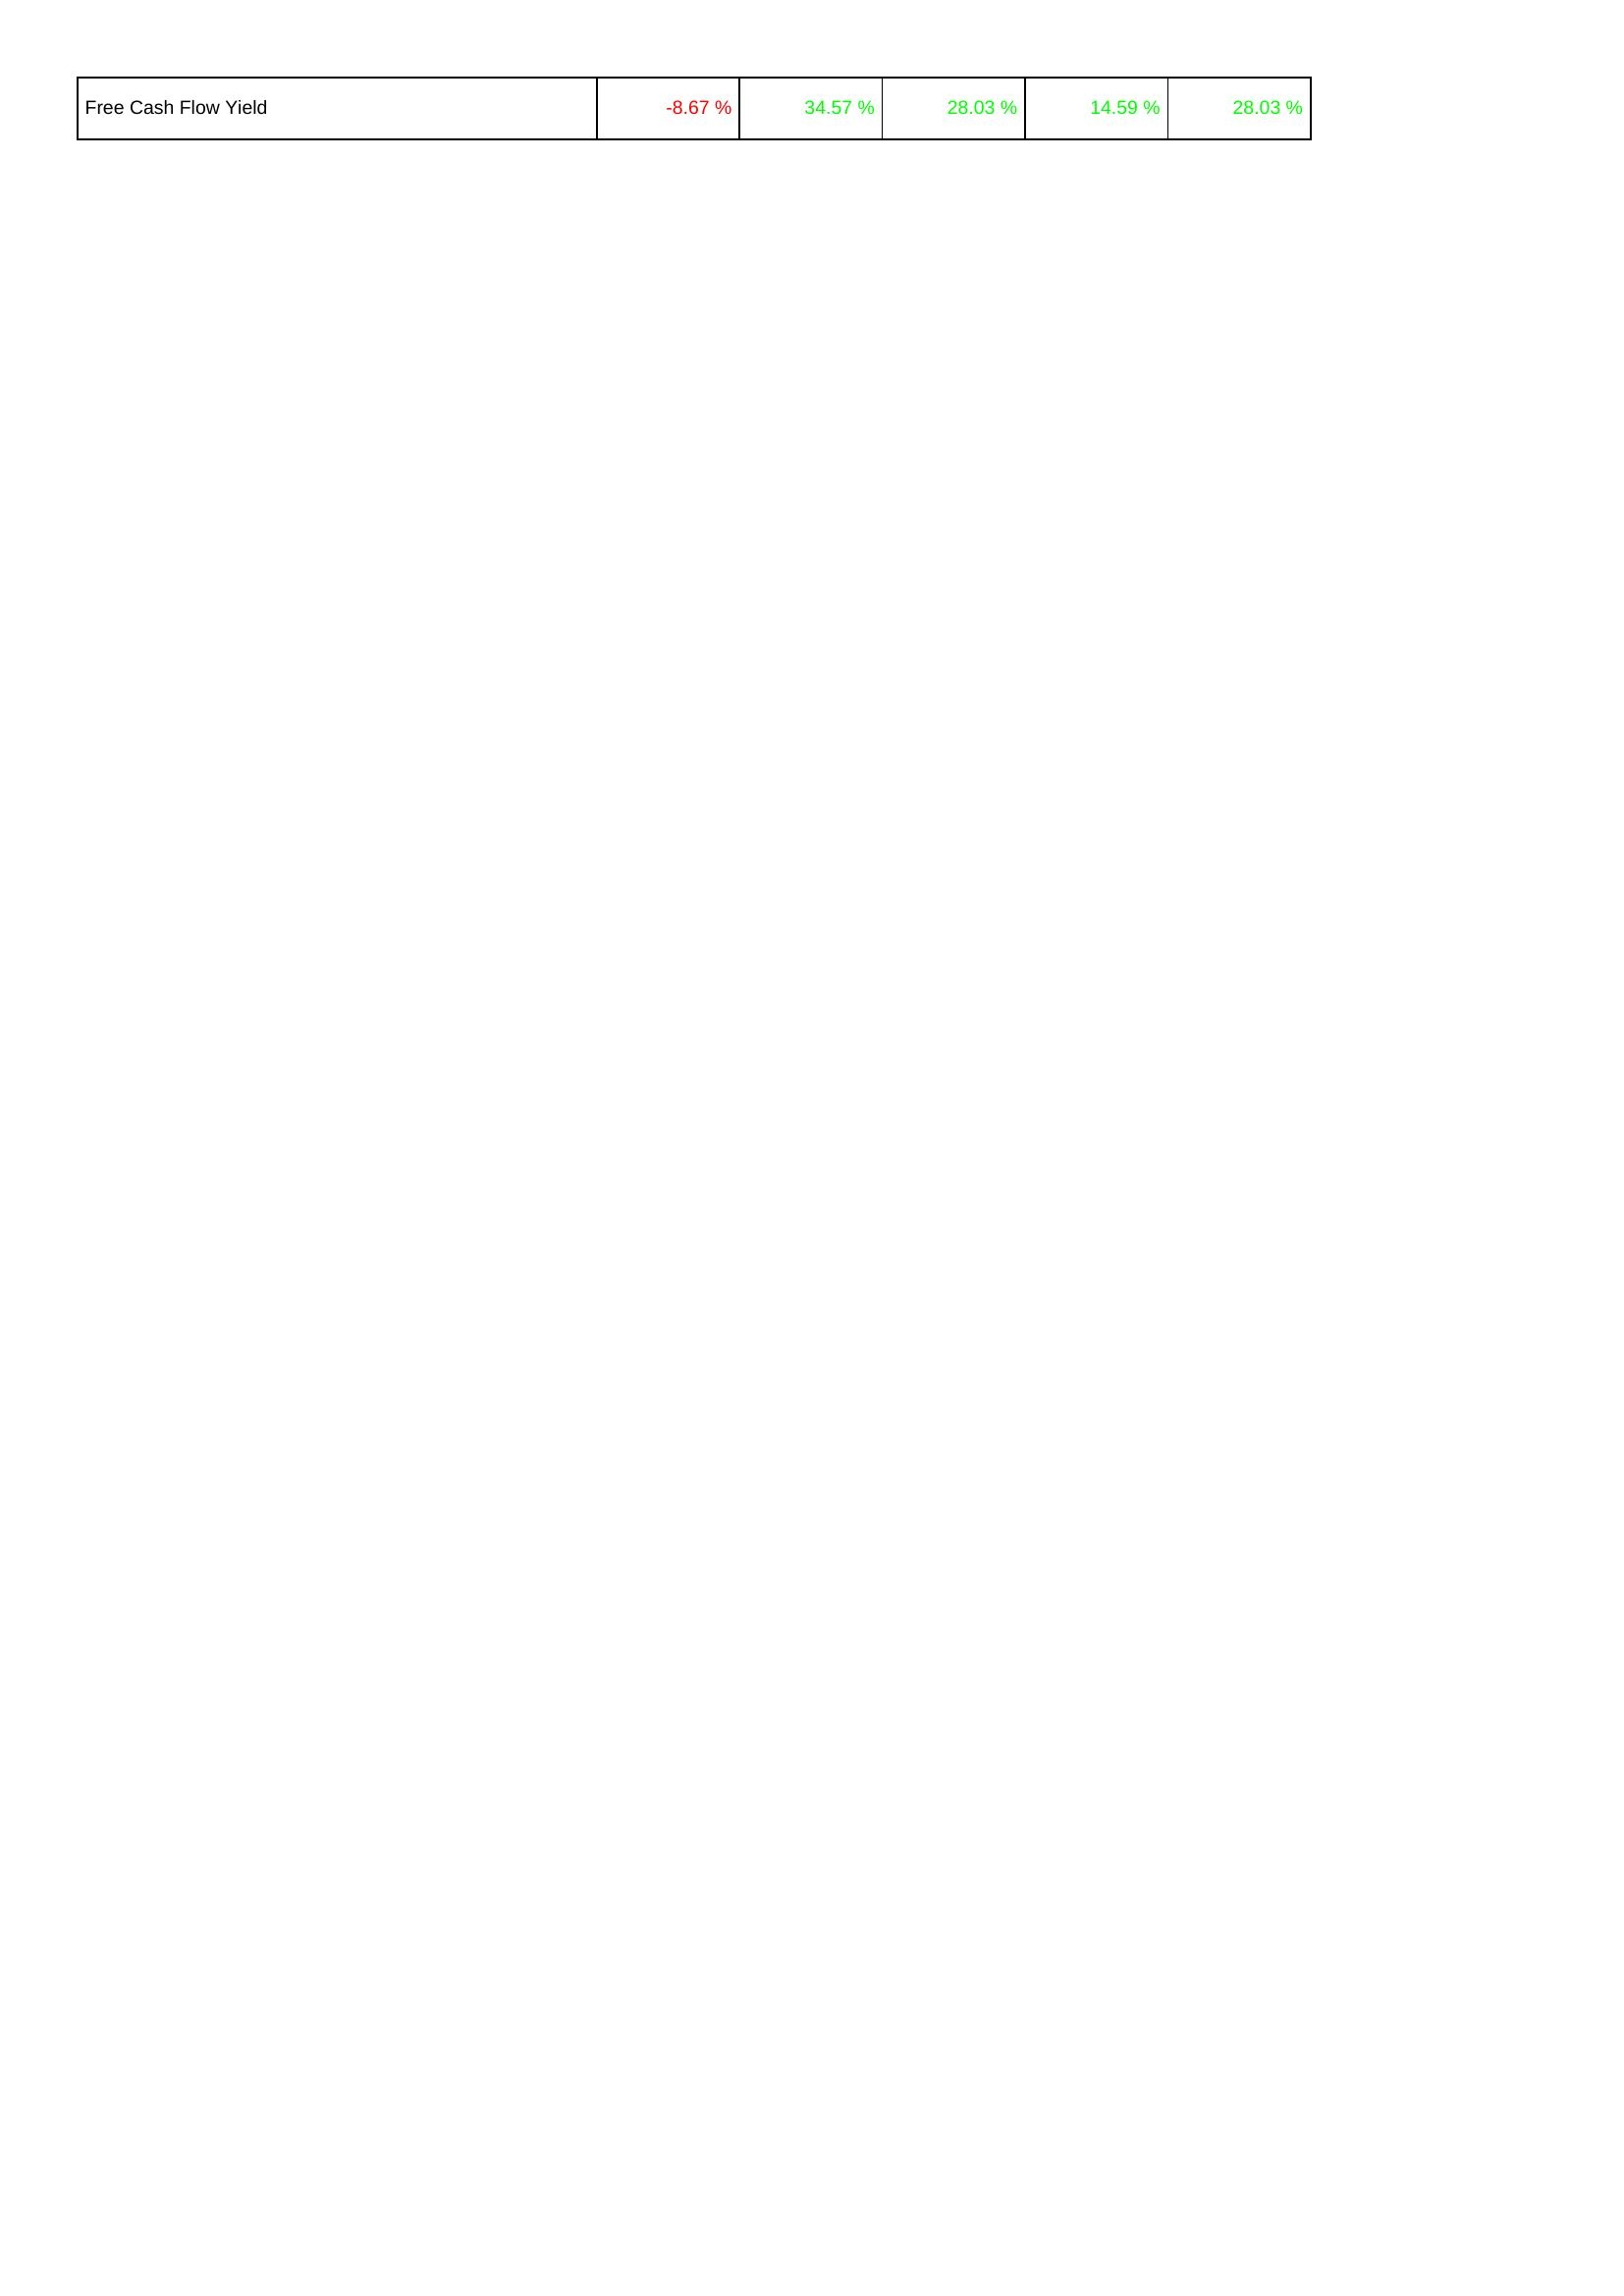
2022: Financing Activities: Free Cash Flow Yield: -8.67 %
2021: Financing Activities: Free Cash Flow Yield: 34.57 %
2020: Financing Activities: Free Cash Flow Yield: 28.03 %
2019: Financing Activities: Free Cash Flow Yield: 14.59 %
2018: Financing Activities: Free Cash Flow Yield: 28.03 %